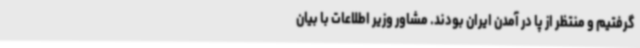
گرفتیم و منتظر از پا در آمدن ایران بودند. مشاور وزیر اطلاعات با بیان